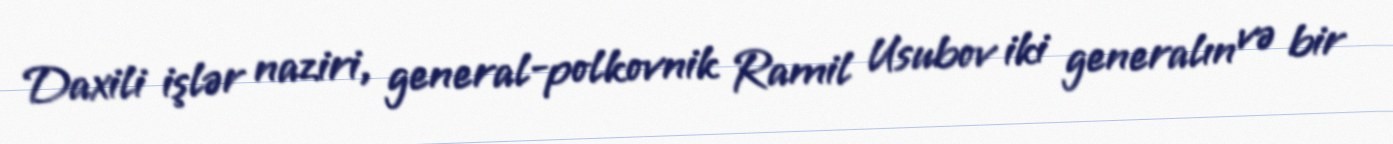
Daxili işlər naziri, general-polkovnik Ramil Usubov iki generalın və bir